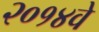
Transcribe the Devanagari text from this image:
२०१४वे